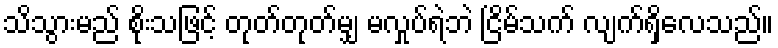
သိသွားမည် စိုးသဖြင့် တုတ်တုတ်မျှ မလှုပ်ရဲဘဲ ငြိမ်သက် လျက်ရှိလေသည်။